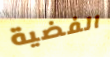
الفضية